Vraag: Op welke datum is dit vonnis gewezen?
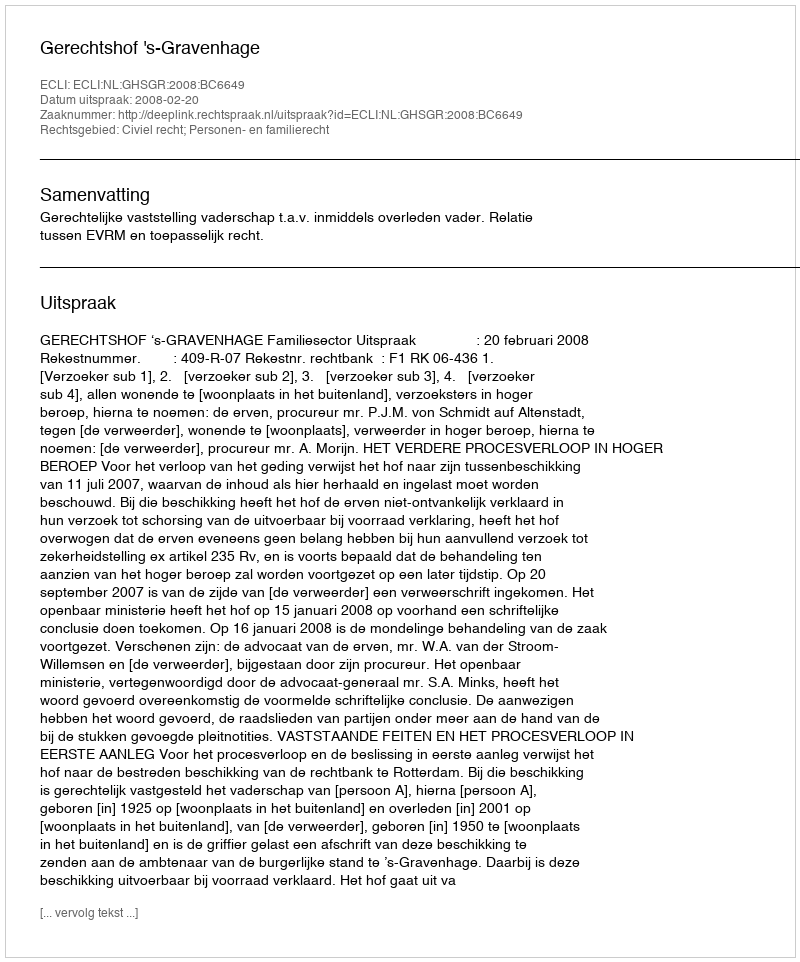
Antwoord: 2008-02-20